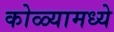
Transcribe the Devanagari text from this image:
कोळ्यामध्ये